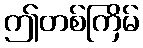
ဤတစ်ကြိမ်